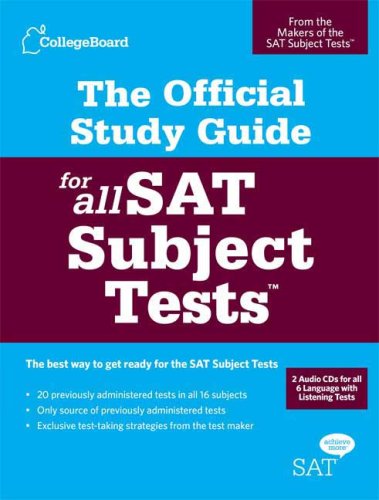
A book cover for The Official Study Guide for All SAT Subject Tests; The College Board; Test Preparation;